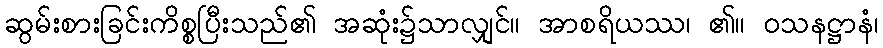
ဆွမ်းစားခြင်းကိစ္စပြီးသည်၏ အဆုံး၌သာလျှင်။ အာစရိယဿ၊ ၏။ ဝသနဋ္ဌာနံ၊